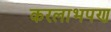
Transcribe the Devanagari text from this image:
करलाभपण